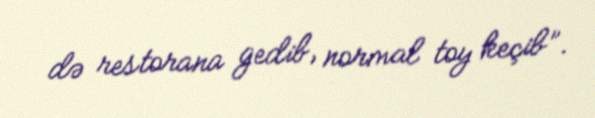
də restorana gedib, normal toy keçib”.